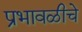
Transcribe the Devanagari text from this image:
प्रभावळीचे